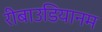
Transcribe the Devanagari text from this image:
रीबाउडियानम